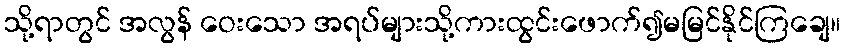
သို့ရာတွင် အလွန် ဝေးသော အရပ်များသို့ကားထွင်းဖောက်၍မမြင်နိုင်ကြချေ။